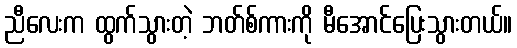
ညီလေးက ထွက်သွားတဲ့ ဘတ်စ်ကားကို မီအောင်ပြေးသွားတယ်။